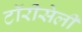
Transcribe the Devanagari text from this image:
टॉरीसेली